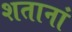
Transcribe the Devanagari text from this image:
शतानां